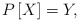
\begin{align*}P\left[X\right]=Y,\end{align*}